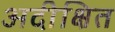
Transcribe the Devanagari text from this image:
अदीक्षित